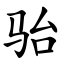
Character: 骀